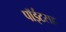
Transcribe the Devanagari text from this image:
पॉईंटसह